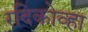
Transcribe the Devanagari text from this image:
रदिकोव्हा